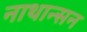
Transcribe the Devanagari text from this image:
नाथान्सन